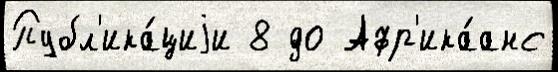
Публ'ика́циjи 8 до Афр'ика́анс